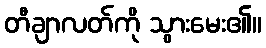
တီချာလတ်ကို သွားမေး၏။